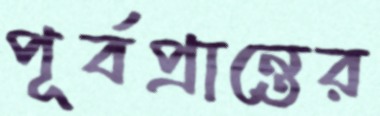
পূর্বপ্রান্তের